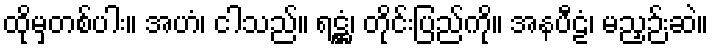
ထိုမှတစ်ပါး။ အဟံ၊ ငါသည်။ ရဋ္ဌံ၊ တိုင်းပြည်ကို။ အနပီဠံ၊ မညှဉ်းဆဲ။